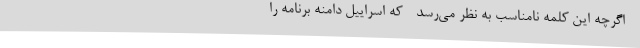
- اگرچه این کلمه نامناسب به نظر می‌رسد - که اسراییل دامنه برنامه را